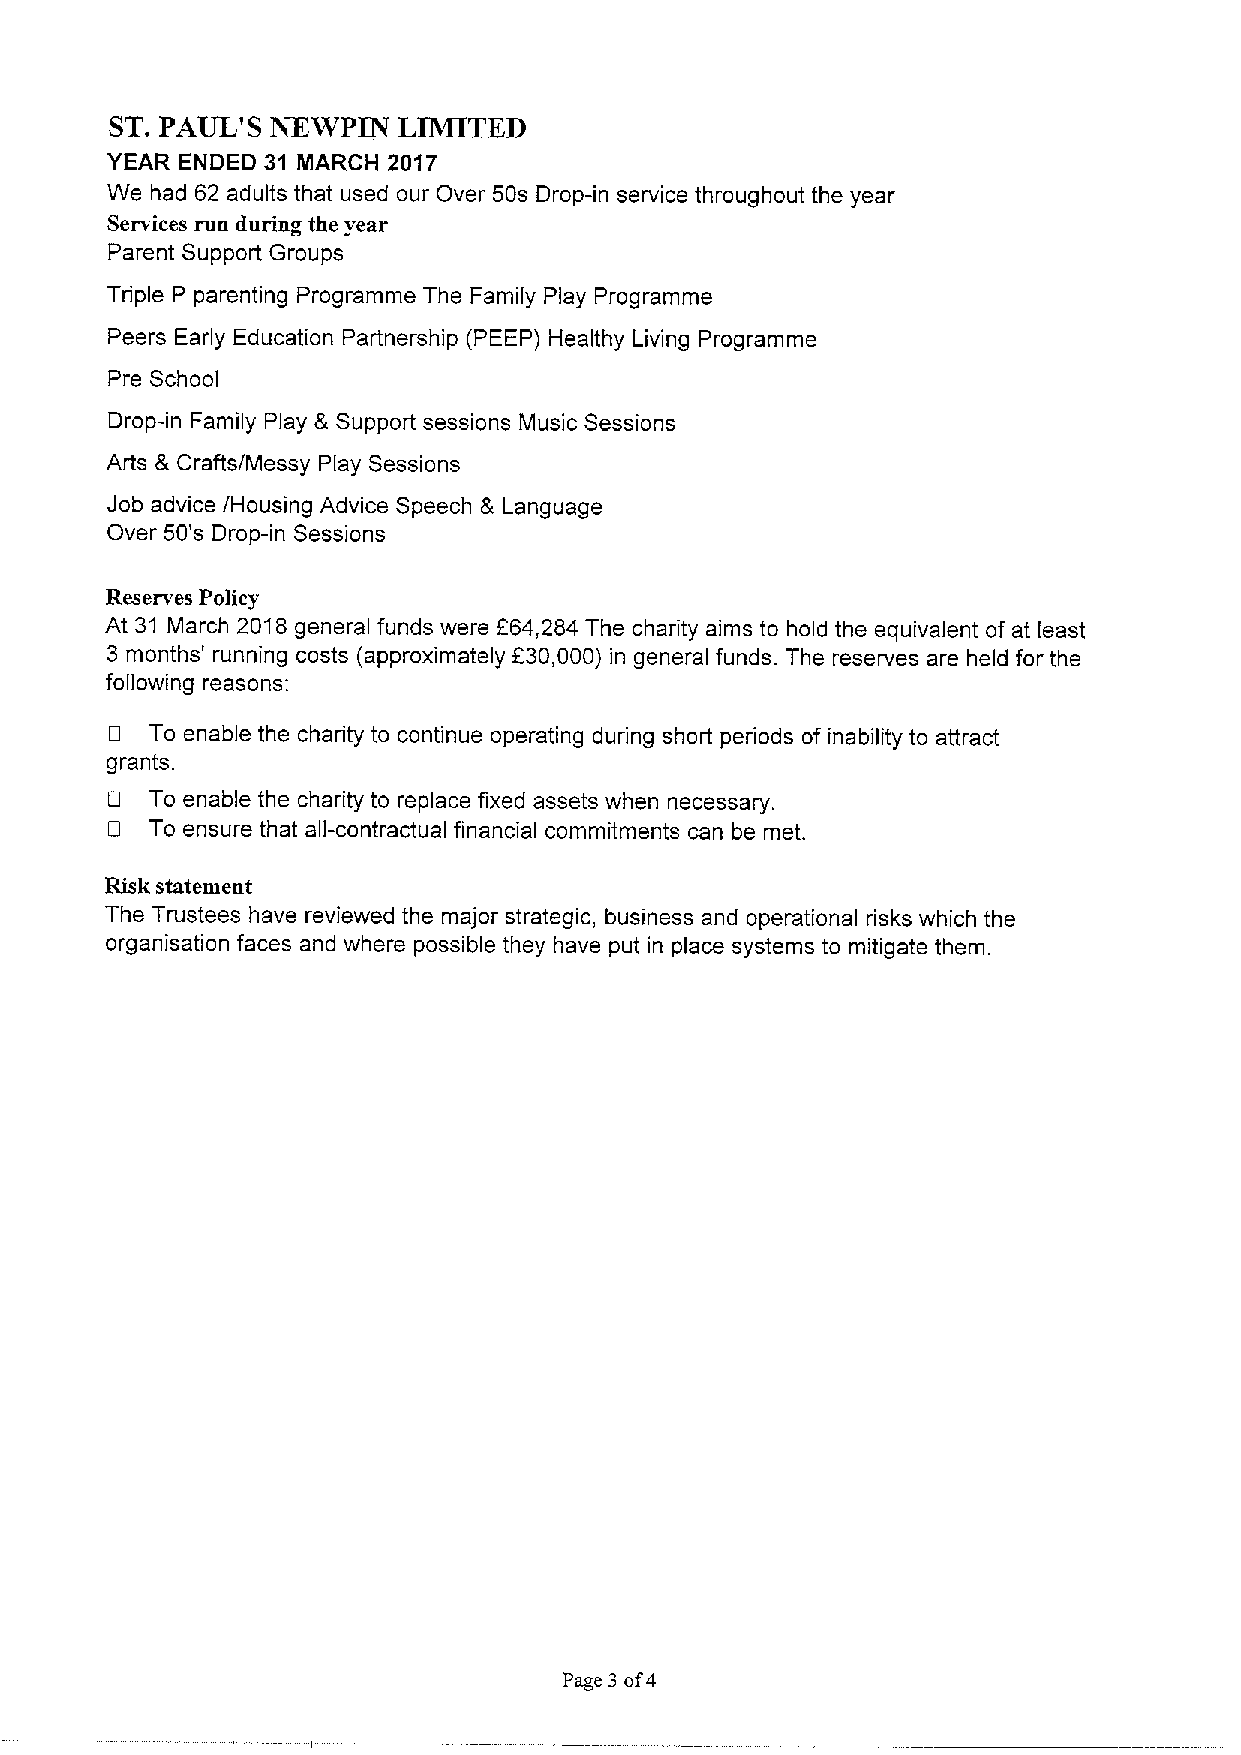
ST.PAUL'S  NEWPIN  LIMITED
 YEAR ENDED 31 MARCH 2017
 We had 62 adults that used our Over 50s Drop-in service throughout the year
 Services run during the year
 Parent Support Groups
 Triple P parenting Programme The Family Play Programme
 Peers Early Education Partnership (PEEP) Healthy Living Programme
 Pre School
 Drop-in Family Play 8 Support sessions Music Sessions
 Arts & Crafts/Messy Play Sessions
 Job advice /Housing Advice Speech 8 Language
 Over 50's Drop-in Sessions
 Reserves Policy
 At 31 March 2018general funds were f64,284 The charity aims to hold the equivalent of at least
 3 months' running costs (approximately f30,000) in general funds. The reserves are held for the
 following reasons:
 To enable the charity to continue operating during short periods of inability to attract
 grants.
 Cl To enable the charity to replace fixed assets when necessary.
 rJ To ensure that all-contractual financial commitments can be met.
 Risk statement
 The Trustees have reviewed the major strategic, business and operational risks which the
 organisation faces and where possible they have put in place systems to mitigate them.
 Page 3 of4